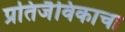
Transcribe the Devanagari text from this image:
प्रतिजैविकाचा